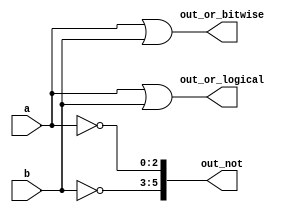
module top_module (
	input [2:0] a, b,
	output [2:0] out_or_bitwise,
	output out_or_logical,
	output [5:0] out_not);
	
	assign out_or_bitwise = a | b;
	assign out_or_logical = a || b;
	//solution1
	assign out_not[5:3] = ~b;
	assign out_not[2:0] = ~a;

	//solution2
	assign out_not= {~b,~a};
endmodule